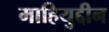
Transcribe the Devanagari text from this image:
माहियुद्दीन